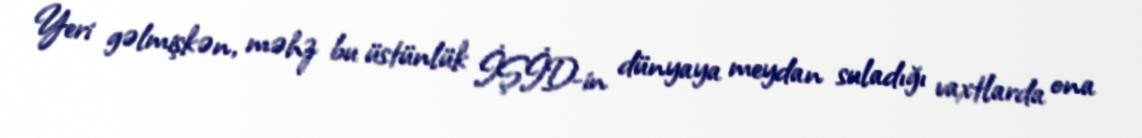
Yeri gəlmişkən, məhz bu üstünlük İŞİD-in dünyaya meydan suladığı vaxtlarda ona